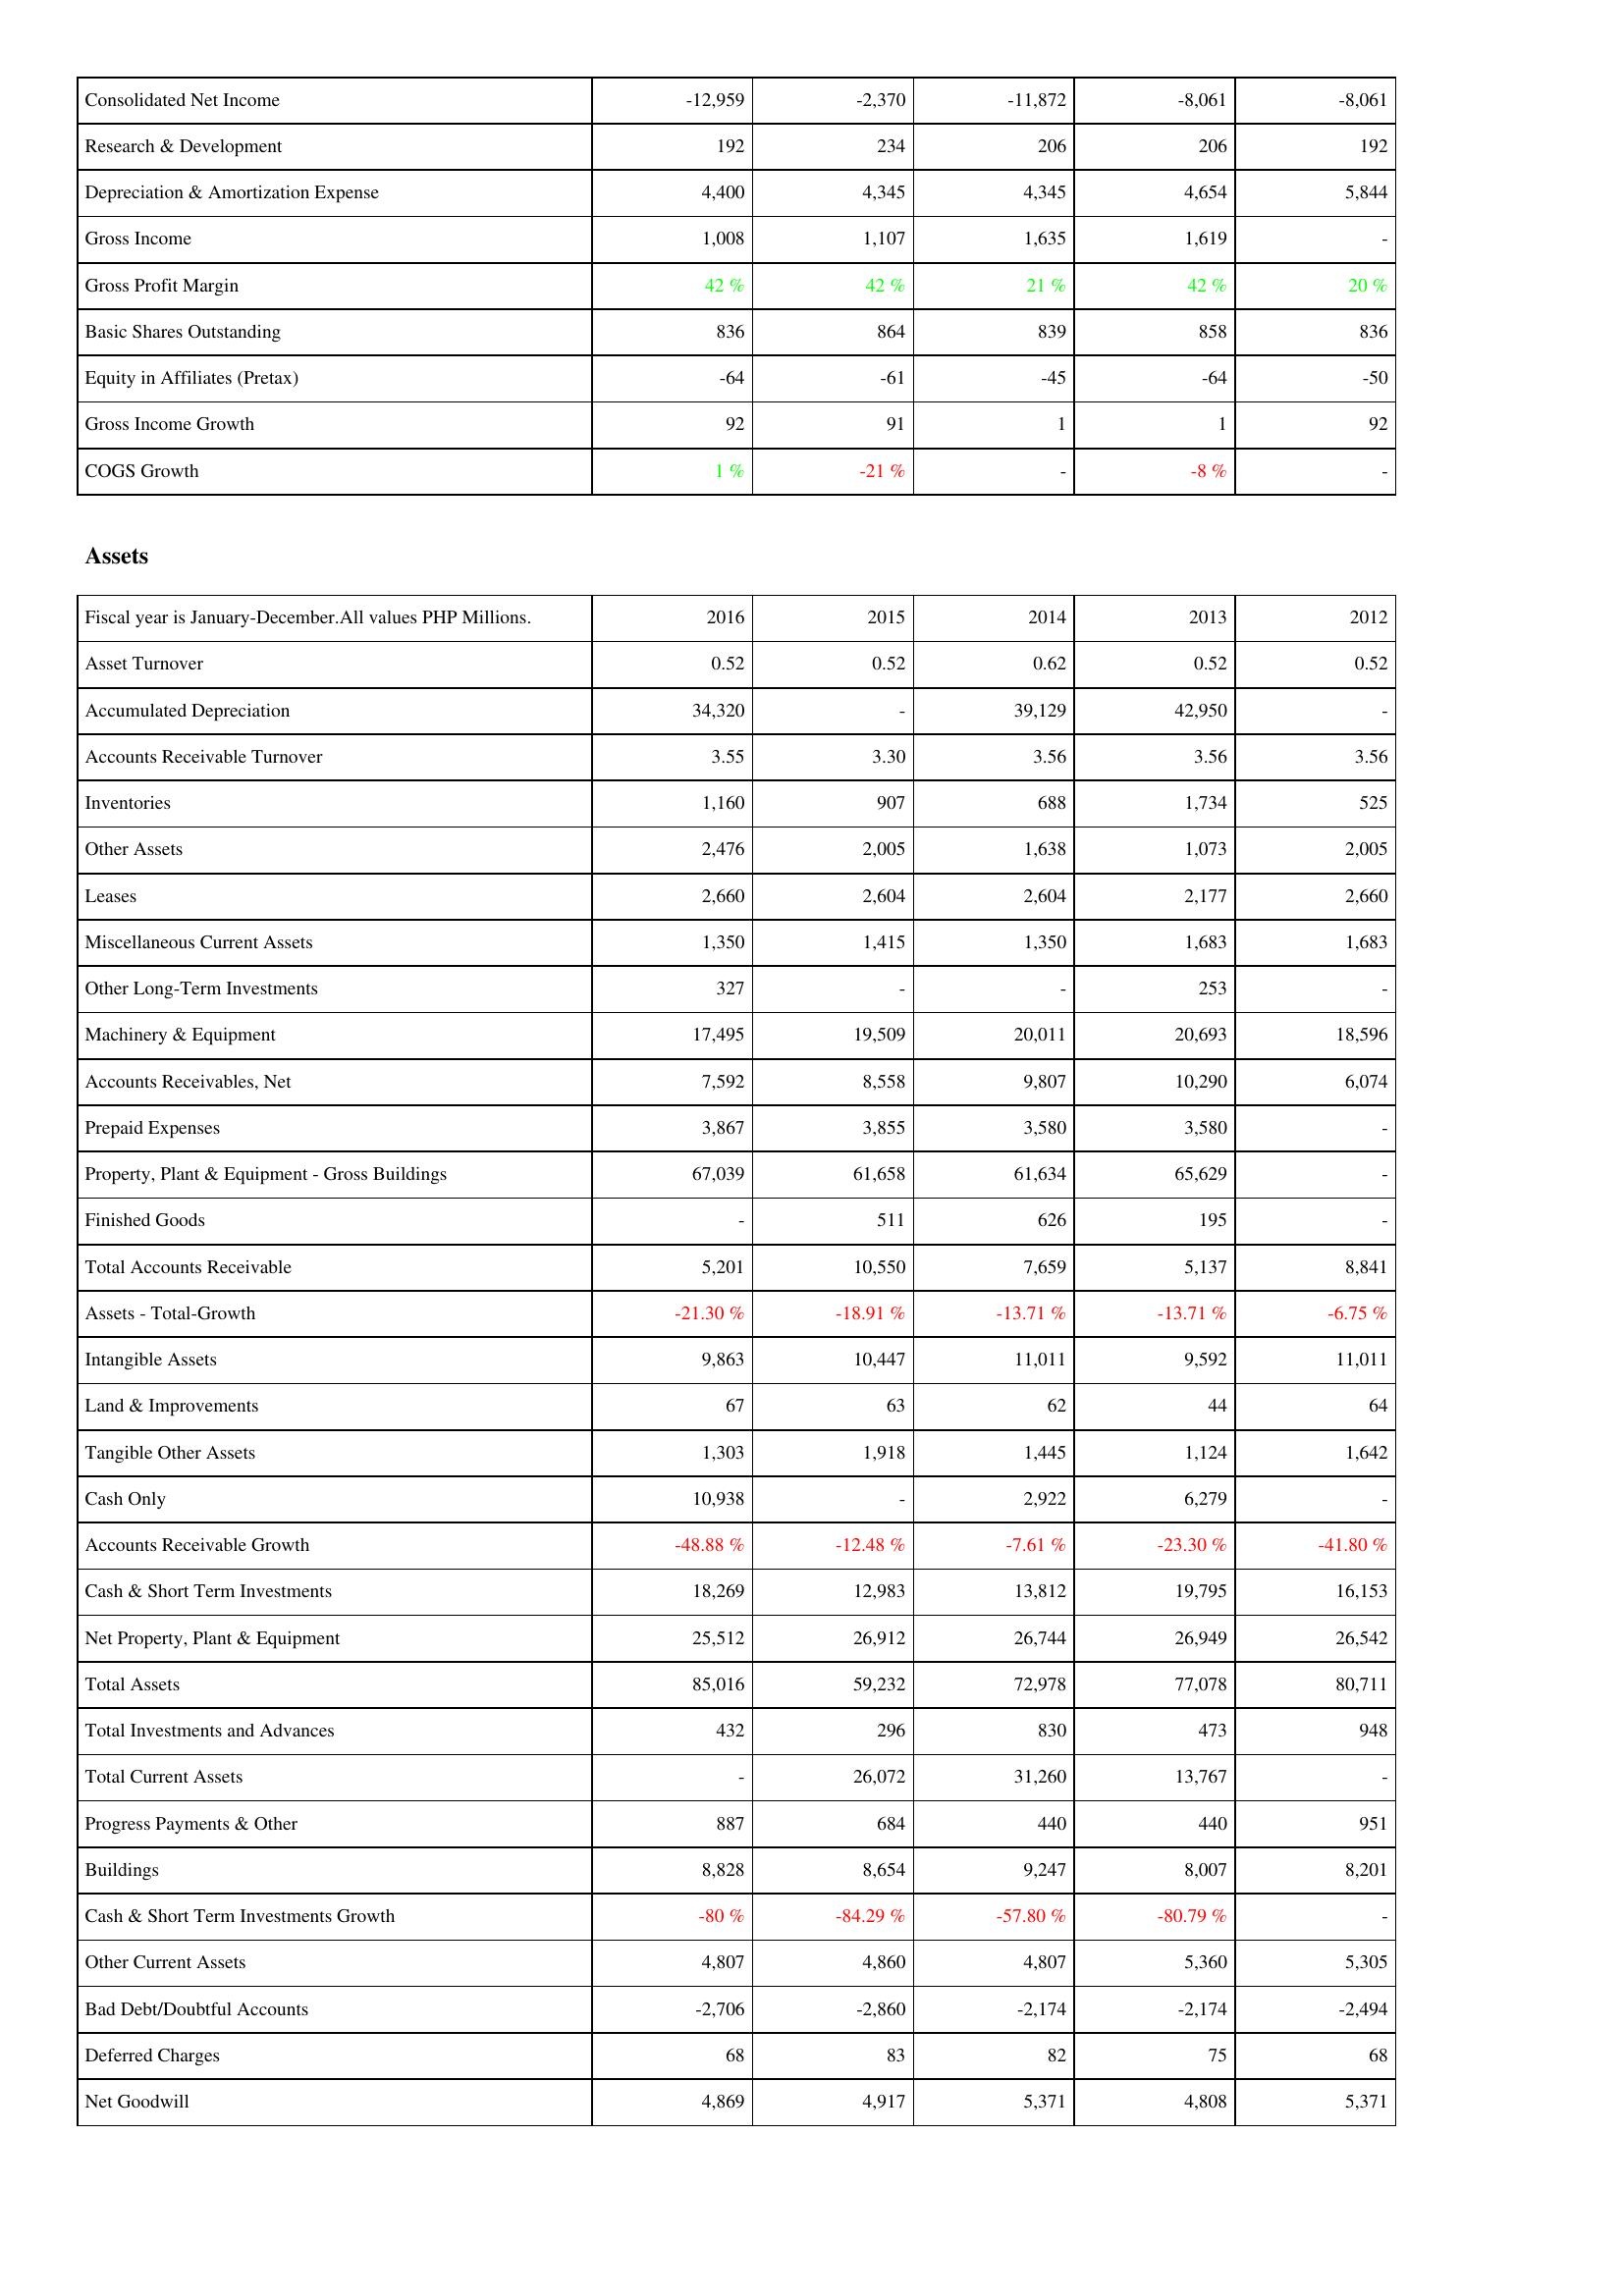
2016: Income Statement: Consolidated Net Income: -12,959
Research & Development: 192
Depreciation & Amortization Expense: 4,400
Gross Income: 1,008
Gross Profit Margin: 42 %
Basic Shares Outstanding: 836
Equity in Affiliates (Pretax): -64
Gross Income Growth: 92
COGS Growth: 1 %
Assets: Asset Turnover: 0.52
Accumulated Depreciation: 34,320
Accounts Receivable Turnover: 3.55
Inventories: 1,160
Other Assets: 2,476
Leases: 2,660
Miscellaneous Current Assets: 1,350
Other Long-Term Investments: 327
Machinery & Equipment: 17,495
Accounts Receivables, Net: 7,592
Prepaid Expenses: 3,867
Property, Plant & Equipment - Gross Buildings: 67,039
Finished Goods: -
Total Accounts Receivable: 5,201
Assets - Total-Growth: -21.30 %
Intangible Assets: 9,863
Land & Improvements: 67
Tangible Other Assets: 1,303
Cash Only: 10,938
Accounts Receivable Growth: -48.88 %
Cash & Short Term Investments: 18,269
Net Property, Plant & Equipment: 25,512
Total Assets: 85,016
Total Investments and Advances: 432
Total Current Assets: -
Progress Payments & Other: 887
Buildings: 8,828
Cash & Short Term Investments Growth: -80 %
Other Current Assets: 4,807
Bad Debt/Doubtful Accounts: -2,706
Deferred Charges: 68
Net Goodwill: 4,869
2015: Income Statement: Consolidated Net Income: -2,370
Research & Development: 234
Depreciation & Amortization Expense: 4,345
Gross Income: 1,107
Gross Profit Margin: 42 %
Basic Shares Outstanding: 864
Equity in Affiliates (Pretax): -61
Gross Income Growth: 91
COGS Growth: -21 %
Assets: Asset Turnover: 0.52
Accumulated Depreciation: -
Accounts Receivable Turnover: 3.30
Inventories: 907
Other Assets: 2,005
Leases: 2,604
Miscellaneous Current Assets: 1,415
Other Long-Term Investments: -
Machinery & Equipment: 19,509
Accounts Receivables, Net: 8,558
Prepaid Expenses: 3,855
Property, Plant & Equipment - Gross Buildings: 61,658
Finished Goods: 511
Total Accounts Receivable: 10,550
Assets - Total-Growth: -18.91 %
Intangible Assets: 10,447
Land & Improvements: 63
Tangible Other Assets: 1,918
Cash Only: -
Accounts Receivable Growth: -12.48 %
Cash & Short Term Investments: 12,983
Net Property, Plant & Equipment: 26,912
Total Assets: 59,232
Total Investments and Advances: 296
Total Current Assets: 26,072
Progress Payments & Other: 684
Buildings: 8,654
Cash & Short Term Investments Growth: -84.29 %
Other Current Assets: 4,860
Bad Debt/Doubtful Accounts: -2,860
Deferred Charges: 83
Net Goodwill: 4,917
2014: Income Statement: Consolidated Net Income: -11,872
Research & Development: 206
Depreciation & Amortization Expense: 4,345
Gross Income: 1,635
Gross Profit Margin: 21 %
Basic Shares Outstanding: 839
Equity in Affiliates (Pretax): -45
Gross Income Growth: 1
COGS Growth: -
Assets: Asset Turnover: 0.62
Accumulated Depreciation: 39,129
Accounts Receivable Turnover: 3.56
Inventories: 688
Other Assets: 1,638
Leases: 2,604
Miscellaneous Current Assets: 1,350
Other Long-Term Investments: -
Machinery & Equipment: 20,011
Accounts Receivables, Net: 9,807
Prepaid Expenses: 3,580
Property, Plant & Equipment - Gross Buildings: 61,634
Finished Goods: 626
Total Accounts Receivable: 7,659
Assets - Total-Growth: -13.71 %
Intangible Assets: 11,011
Land & Improvements: 62
Tangible Other Assets: 1,445
Cash Only: 2,922
Accounts Receivable Growth: -7.61 %
Cash & Short Term Investments: 13,812
Net Property, Plant & Equipment: 26,744
Total Assets: 72,978
Total Investments and Advances: 830
Total Current Assets: 31,260
Progress Payments & Other: 440
Buildings: 9,247
Cash & Short Term Investments Growth: -57.80 %
Other Current Assets: 4,807
Bad Debt/Doubtful Accounts: -2,174
Deferred Charges: 82
Net Goodwill: 5,371
2013: Income Statement: Consolidated Net Income: -8,061
Research & Development: 206
Depreciation & Amortization Expense: 4,654
Gross Income: 1,619
Gross Profit Margin: 42 %
Basic Shares Outstanding: 858
Equity in Affiliates (Pretax): -64
Gross Income Growth: 1
COGS Growth: -8 %
Assets: Asset Turnover: 0.52
Accumulated Depreciation: 42,950
Accounts Receivable Turnover: 3.56
Inventories: 1,734
Other Assets: 1,073
Leases: 2,177
Miscellaneous Current Assets: 1,683
Other Long-Term Investments: 253
Machinery & Equipment: 20,693
Accounts Receivables, Net: 10,290
Prepaid Expenses: 3,580
Property, Plant & Equipment - Gross Buildings: 65,629
Finished Goods: 195
Total Accounts Receivable: 5,137
Assets - Total-Growth: -13.71 %
Intangible Assets: 9,592
Land & Improvements: 44
Tangible Other Assets: 1,124
Cash Only: 6,279
Accounts Receivable Growth: -23.30 %
Cash & Short Term Investments: 19,795
Net Property, Plant & Equipment: 26,949
Total Assets: 77,078
Total Investments and Advances: 473
Total Current Assets: 13,767
Progress Payments & Other: 440
Buildings: 8,007
Cash & Short Term Investments Growth: -80.79 %
Other Current Assets: 5,360
Bad Debt/Doubtful Accounts: -2,174
Deferred Charges: 75
Net Goodwill: 4,808
2012: Income Statement: Consolidated Net Income: -8,061
Research & Development: 192
Depreciation & Amortization Expense: 5,844
Gross Income: -
Gross Profit Margin: 20 %
Basic Shares Outstanding: 836
Equity in Affiliates (Pretax): -50
Gross Income Growth: 92
COGS Growth: -
Assets: Asset Turnover: 0.52
Accumulated Depreciation: -
Accounts Receivable Turnover: 3.56
Inventories: 525
Other Assets: 2,005
Leases: 2,660
Miscellaneous Current Assets: 1,683
Other Long-Term Investments: -
Machinery & Equipment: 18,596
Accounts Receivables, Net: 6,074
Prepaid Expenses: -
Property, Plant & Equipment - Gross Buildings: -
Finished Goods: -
Total Accounts Receivable: 8,841
Assets - Total-Growth: -6.75 %
Intangible Assets: 11,011
Land & Improvements: 64
Tangible Other Assets: 1,642
Cash Only: -
Accounts Receivable Growth: -41.80 %
Cash & Short Term Investments: 16,153
Net Property, Plant & Equipment: 26,542
Total Assets: 80,711
Total Investments and Advances: 948
Total Current Assets: -
Progress Payments & Other: 951
Buildings: 8,201
Cash & Short Term Investments Growth: -
Other Current Assets: 5,305
Bad Debt/Doubtful Accounts: -2,494
Deferred Charges: 68
Net Goodwill: 5,371